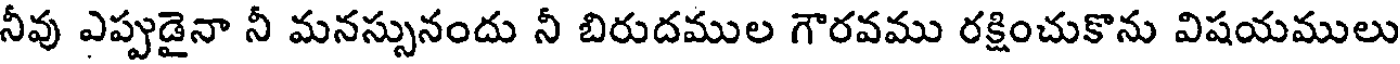
నీవు ఎప్పుడైనా నీ మనస్సునందు నీ బిరుదముల గౌరవము రక్షించుకొను విషయములు